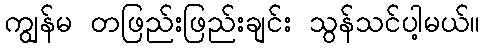
ကျွန်မ တဖြည်းဖြည်းချင်း သွန်သင်ပါ့မယ်။